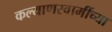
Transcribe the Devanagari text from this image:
कल्याणस्वामींच्या